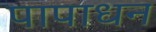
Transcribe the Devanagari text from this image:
पापाधन